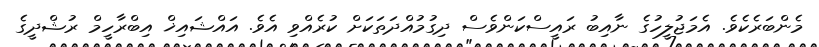
މެންބަރެކެވެ. އެމަޖުލީހުގެ ނާއިބު ރައީސްކަންވެސް ދިގުމުއްދަތަކަށް ކުރެއްވި އެވެ. އައްޝައިޚް އިބްރާހީމް ރުޝްދީގެ